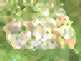
ওয়ার্নই